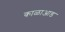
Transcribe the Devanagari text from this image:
काळाआड